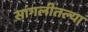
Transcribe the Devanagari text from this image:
सांगलीतल्या